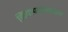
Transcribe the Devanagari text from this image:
लिंगायतांमधील